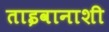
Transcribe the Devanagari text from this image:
ताइवानाशी